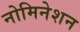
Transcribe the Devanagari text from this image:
नोमिनेशन